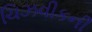
ચિઝવીકની